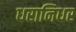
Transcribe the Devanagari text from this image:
धरानिधर